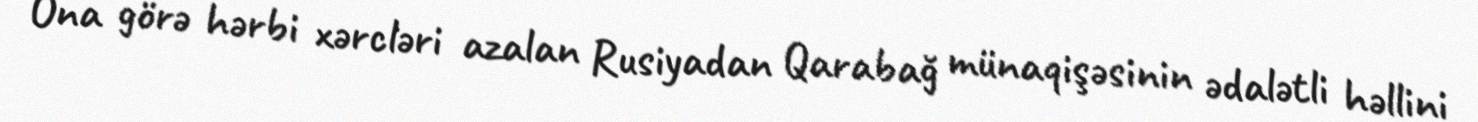
Ona görə hərbi xərcləri azalan Rusiyadan Qarabağ münaqişəsinin ədalətli həllini